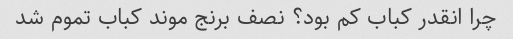
چرا انقدر کباب کم بود؟ نصف برنج موند کباب تموم شد